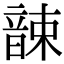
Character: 𩐫